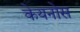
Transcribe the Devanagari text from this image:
केयनोस